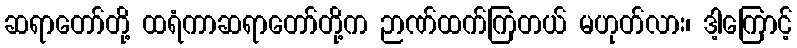
ဆရာတော်တို့ ထရံကာဆရာတော်တို့က ဉာဏ်ထက်ကြတယ် မဟုတ်လား၊ ဒါ့ကြောင့်